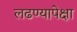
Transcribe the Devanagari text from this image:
लढण्यापेक्षा